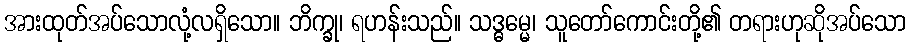
အားထုတ်အပ်သောလုံ့လရှိသော။ ဘိက္ခု၊ ရဟန်းသည်။ သဒ္ဓမ္မေ၊ သူတော်ကောင်းတို့၏ တရားဟုဆိုအပ်သော